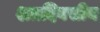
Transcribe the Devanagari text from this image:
शतदिवसीय